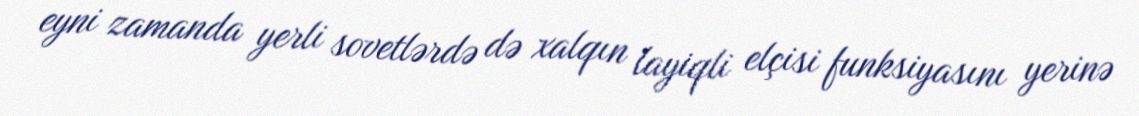
eyni zamanda yerli sovetlərdə də xalqın layiqli elçisi funksiyasını yerinə